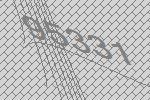
95331